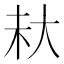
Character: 𪥊